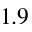
1 . 9